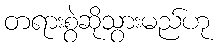
တရားစွဲဆိုသွားမည်ဟု